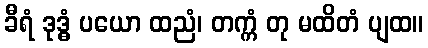
ခီရံ ဒုဒ္ဓံ ပယော ထညံ၊ တက္ကံ တု မထိတံ ပျထ။